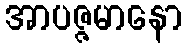
အာပဇ္ဇမာနော